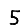
Digit: 5